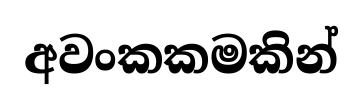
අවංකකමකින්